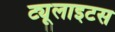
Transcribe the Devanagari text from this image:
ट्यूलाइटस